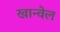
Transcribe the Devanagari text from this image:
खान्वेल